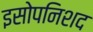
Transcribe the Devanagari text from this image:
इसोपनिशद